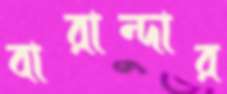
বারান্দার